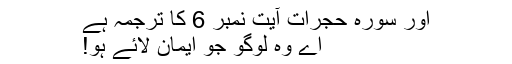
اور سورہ حجرات آیت نمبر 6 کا ترجمہ ہے
اے وہ لوگو جو ایمان لائے ہو!